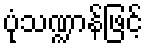
ပုံသဏ္ဍာန်ဖြင့်